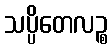
သပ္ပိတေလဉ္စ